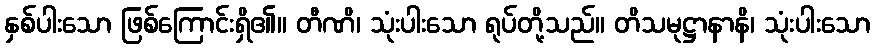
နှစ်ပါးသော ဖြစ်ကြောင်းရှိ၏။ တီဏိ၊ သုံးပါးသော ရုပ်တို့သည်။ တိသမုဋ္ဌာနာနိ၊ သုံးပါးသော